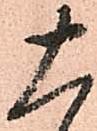
十